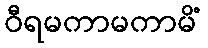
ဝီရမကာမကာမိံ